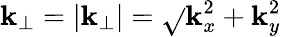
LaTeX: \mathbf{k}_{\perp}=\left|{\mathbf{\mathbf{k}}}_{\perp}\right|=\sqrt{}{{\mathbf{k}_{x}^{2}+\mathbf{k}_{y}^{2}}}